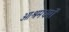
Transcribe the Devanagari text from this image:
आश्रमधर्मों